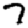
Digit: 7